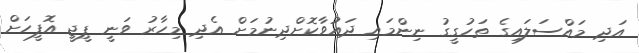
އަދި މައްސަލައިގެ ތަހުގީގު ނިންމައި ދައުވާކޮށްދިނުމަށް އެދި މިހާރު ވަނީ ޕީޖީ އޮފީހަށް